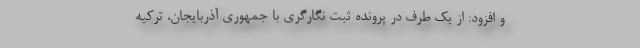
و افزود: از یک طرف در پرونده ثبت نگارگری با جمهوری آذربایجان، ترکیه